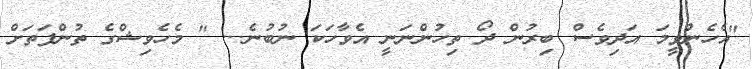
"އެހެންވީމަ އަދިވެސް ބިރުން ދޯ ތިހުންނަނީ އެވާހަކަ ނުބުނެ... " މެހެވިޝްގެ ތުންފަތަށް